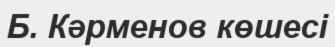
Б. Кәрменов көшесі